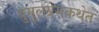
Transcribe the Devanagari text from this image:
युगुलप्रेमकथेत